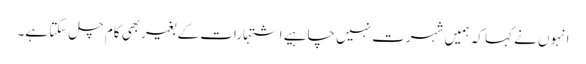
انہوں نے کہا کہ ہمیں شہرت نہیں چاہیے اشتہارات کے بغیربھی کام چل سکتا ہے۔